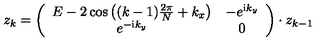
z _ { k } = \left( \begin{array} { c c } { E - 2 \cos \left( ( k - 1 ) \frac { 2 \pi } { N } + k _ { x } \right) } & { - e ^ { { \mathrm i } k _ { y } } } \\ { e ^ { - { \mathrm i } k _ { y } } } & { 0 } \\ \end{array} \right) \cdot z _ { k - 1 }